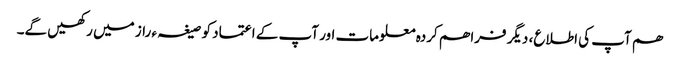
ھم آپ کی اطلاع، دیگر فراھم کردہ معلومات اور آپ کے اعتماد کو صیغہ ء راز میں رکھیں گے۔